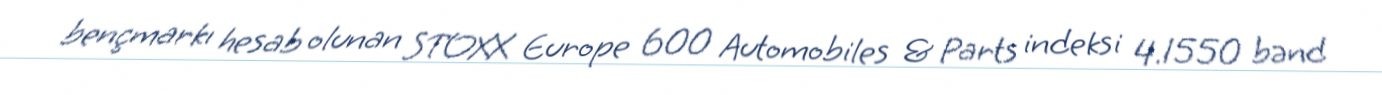
bençmarkı hesab olunan STOXX Europe 600 Automobiles & Parts indeksi 4.1550 bənd